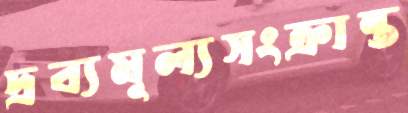
দ্রব্যমূল্যসংক্রান্ত